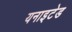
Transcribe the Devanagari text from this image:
यनाइटेड